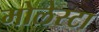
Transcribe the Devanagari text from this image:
मोलेस्टा